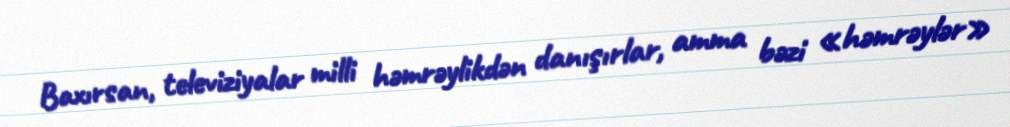
Baxırsan, televiziyalar milli həmrəylikdən danışırlar, amma bəzi «həmrəylər»